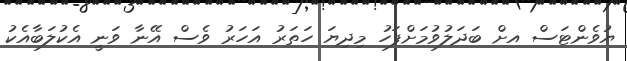
ޔުވެންޓަސް އށް ބަދަލުވުމަށްފަހު މިދިޔަ ހަތަރު އަހަރު ވެސް އޭނާ ވަނީ އެކުލަބާއެކު